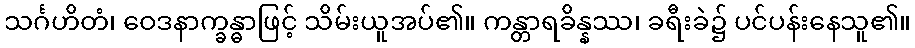
သင်္ဂဟိတံ၊ ဝေဒနာက္ခန္ဓာဖြင့် သိမ်းယူအပ်၏။ ကန္တာရခိန္နဿ၊ ခရီးခဲ၌ ပင်ပန်းနေသူ၏။